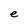
Character: e